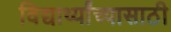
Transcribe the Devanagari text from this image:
विद्यार्थ्यांच्यासाठी